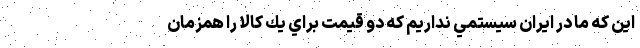
اين كه ما در ايران سيستمي نداريم كه دو قيمت براي يك كالا را همزمان